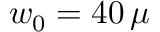
w _ { 0 } = 4 0 \, \mu